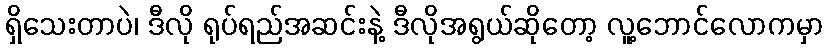
ရှိသေးတာပဲ၊ ဒီလို ရုပ်ရည်အဆင်းနဲ့ ဒီလိုအရွယ်ဆိုတော့ လူ့ဘောင်လောကမှာ